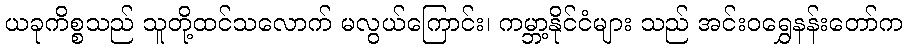
ယခုကိစ္စသည် သူတို့ထင်သလောက် မလွယ်ကြောင်း၊ ကမ္ဘာ့နိုင်ငံများ သည် အင်းဝရွှေနန်းတော်က